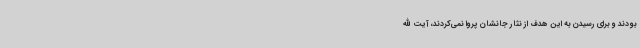
بودند و برای رسیدن به این هدف از نثار جانشان پروا نمی‌کردند، آیت الله